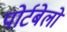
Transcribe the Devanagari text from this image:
पोर्टबेलो